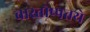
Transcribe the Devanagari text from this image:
वास्तोष्पतये